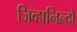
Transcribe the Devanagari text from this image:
जिव्हानिल्दो